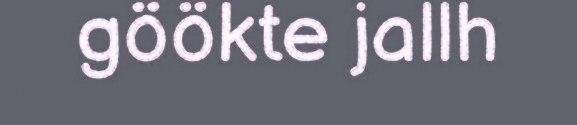
göökte jallh